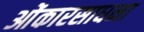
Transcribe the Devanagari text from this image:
ओंकारसाधना